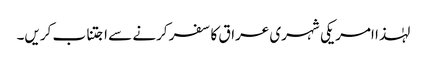
لہٰذا امریکی شہری عراق کا سفر کرنے سے اجتناب کریں۔